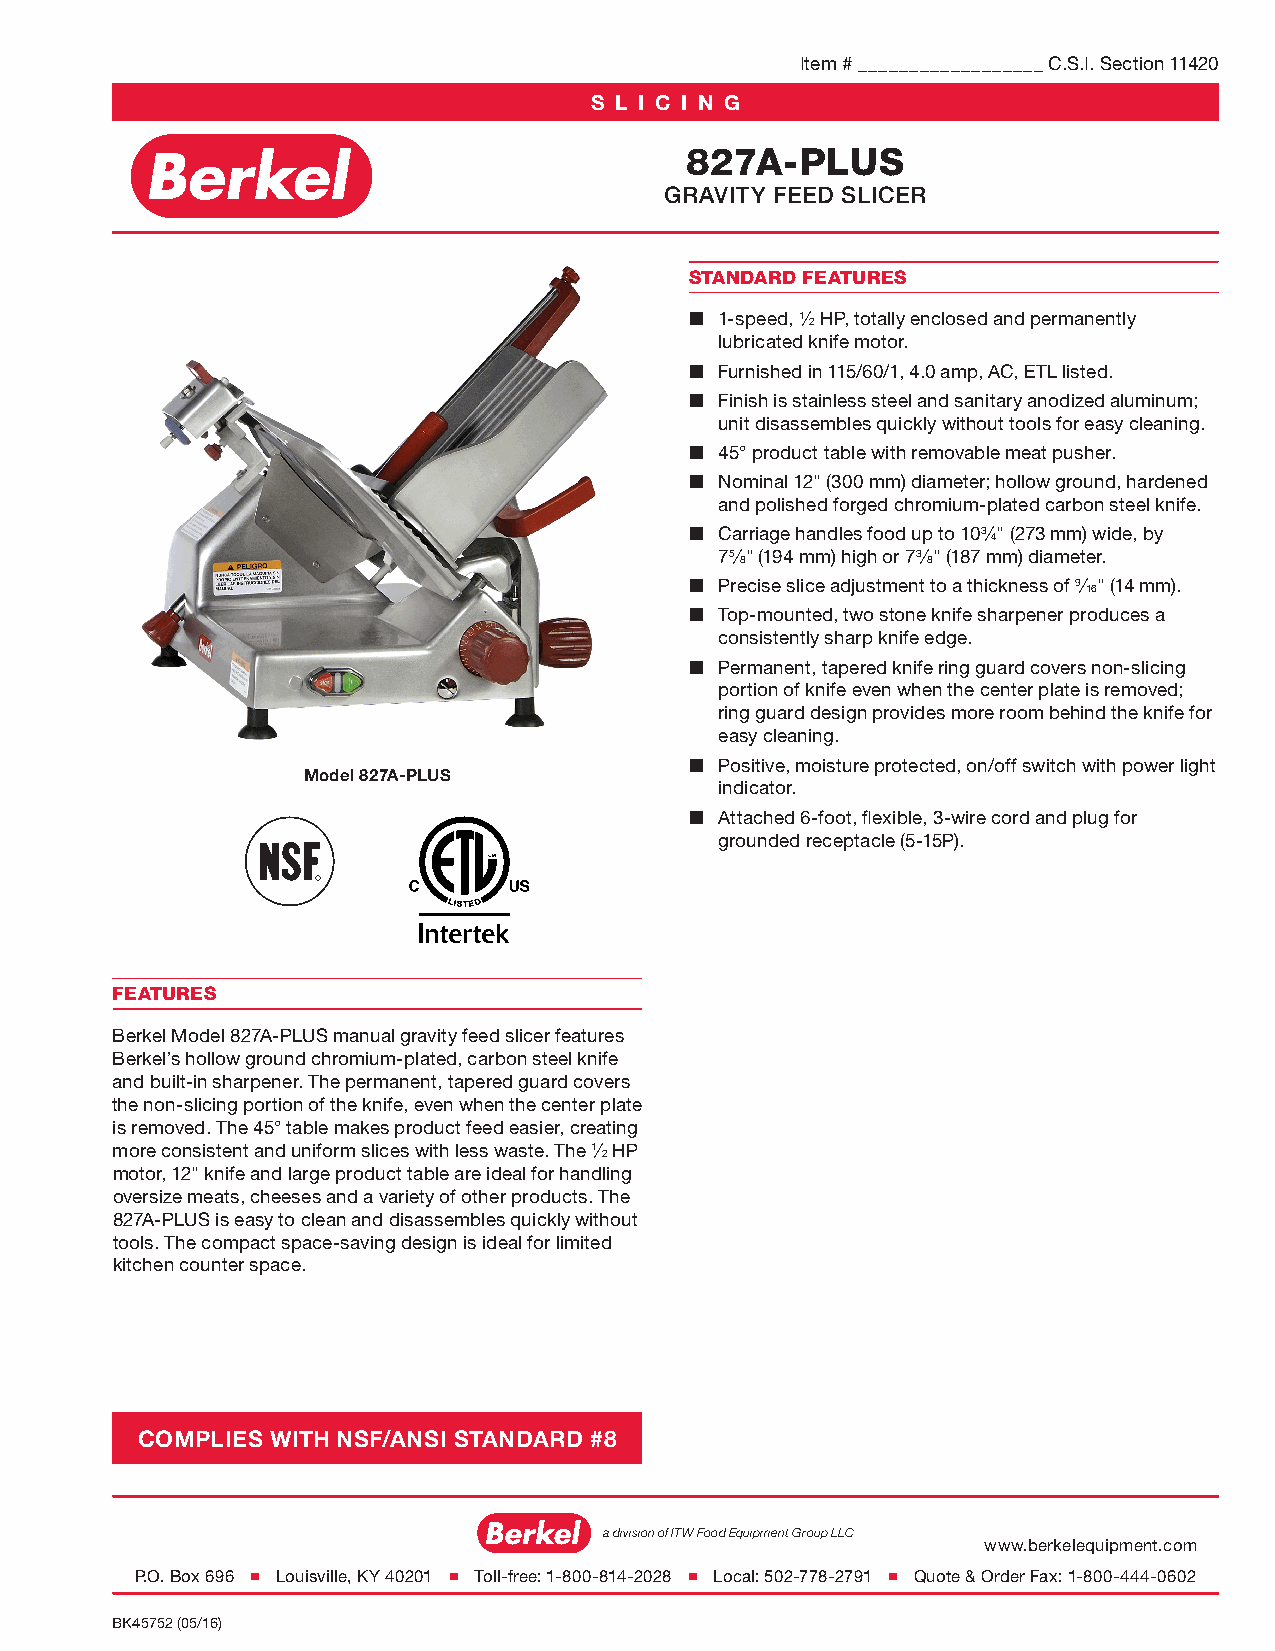
Item # __________________ C.S.I. Section 11420
 S L I C I N G
 827A-PLUS
 GRAVITY FEED SLICER
 STANDARD FEATURES
 ■ 1-speed, 1⁄ HP, totally enclosed and permanently
 2
 lubricated knife motor.
 ■ Furnished in 115/60/1, 4.0 amp, AC, ETL listed.
 ■ Finish is stainless steel and sanitary anodized aluminum;
 unit disassembles quickly without tools for easy cleaning.
 ■ 45° product table with removable meat pusher.
 ■ Nominal 12" (300 mm) diameter; hollow ground, hardened
 and polished forged chromium-plated carbon steel knife.
 ■ Carriage handles food up to 103⁄" (273 mm) wide, by
 4
 75⁄ " (194 mm) high or 73⁄ " (187 mm) diameter.
 8           8
 ■ Precise slice adjustment to a thickness of 9⁄ " (14 mm).
 16
 ■ Top-mounted, two stone knife sharpener produces a
 consistently sharp knife edge.
 ■ Permanent, tapered knife ring guard covers non-slicing
 portion of knife even when the center plate is removed;
 ring guard design provides more room behind the knife for
 easy cleaning.
 ■ Positive, moisture protected, on/off switch with power light
 Model 827A-PLUS
 indicator.
 ■ Attached 6-foot, flexible, 3-wire cord and plug for
 grounded receptacle (5-15P).
 FEATURES
 Berkel Model 827A-PLUS manual gravity feed slicer features
 Berkel’s hollow ground chromium-plated, carbon steel knife
 and built-in sharpener. The permanent, tapered guard covers
 the non-slicing portion of the knife, even when the center plate
 is removed. The 45° table makes product feed easier, creating
 more consistent and uniform slices with less waste. The 1⁄ HP
 2
 motor, 12" knife and large product table are ideal for handling
 oversize meats, cheeses and a variety of other products. The
 827A-PLUS is easy to clean and disassembles quickly without
 tools. The compact space-saving design is ideal for limited
 kitchen counter space.
 COMPLIES WITH NSF/ANSI STANDARD #8
 a division of ITW Food Equipment Group LLC
 www.berkelequipment.com
 P.O. Box 696 ■ Louisville, KY 40201 ■ Toll-free: 1-800-814-2028 ■ Local: 502-778-2791 ■ Quote & Order Fax: 1-800-444-0602
 BK45752 (05/16)